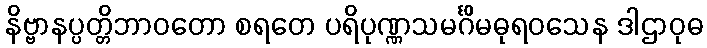
နိဗ္ဗာနပ္ပတ္တိဘာဝတော စရတေ ပရိပုဏ္ဏသမင်္ဂိမဓုရဝသေန ဒါဌာဝုဓ